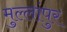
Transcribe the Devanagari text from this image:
मुल्लांपुर